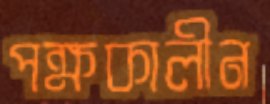
পক্ষকালীন